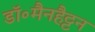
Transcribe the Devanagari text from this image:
डॉ॰मैनहैट्टन